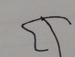
Signature authenticity: forged